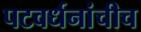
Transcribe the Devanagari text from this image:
पटवर्धनांचीच